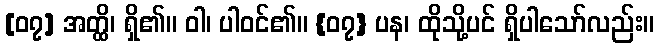
[၀၇] အတ္ထိ၊ ရှိ၏။ ဝါ၊ ပါဝင်၏။ {၀၇} ပန၊ ထိုသို့ပင် ရှိပါသော်လည်း။